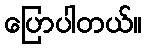
ပြောပါတယ်။